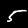
Digit: 5